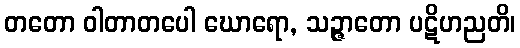
တတော ဝါတာတပေါ ဃောရော, သဉ္ဇာတော ပဋိဟညတိ၊